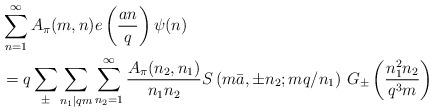
LaTeX: \begin{align*} & \sum_{n=1}^{\infty} A_{\pi}(m,n) e\left(\frac{an}{q}\right) \psi(n) \\ & =q \sum_{\pm} \sum_{n_{1}|qm} \sum_{n_{2}=1}^{\infty} \frac{A_{\pi}(n_{2},n_{1})}{n_{1} n_{2}} S\left(m \bar{a}, \pm n_{2}; mq/n_{1}\right) \, G_{\pm} \left(\frac{n_{1}^2 n_{2}}{q^3 m}\right)\end{align*}